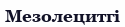
Мезолецитгі